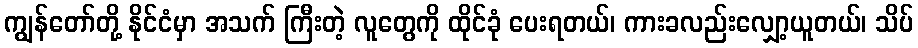
ကျွန်တော်တို့ နိုင်ငံမှာ အသက် ကြီးတဲ့ လူတွေကို ထိုင်ခုံ ပေးရတယ်၊ ကားခလည်းလျှော့ယူတယ်၊ သိပ်